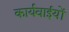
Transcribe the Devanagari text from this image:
कार्यवाईयों